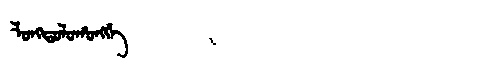
Manchu: ᠯᠣᠩᡨᠣᠯᠣᡥᠣᠩᡤᡝ
Romanization: LONGTOLOHONGGE